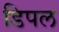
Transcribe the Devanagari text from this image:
डिपल